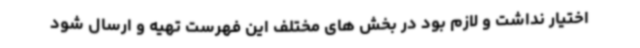
اختیار نداشت و لازم بود در بخش های مختلف این فهرست تهیه و ارسال شود